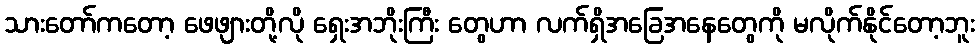
သားတော်ကတော့ ဖေဖျားတို့လို ရှေးအဘိုးကြီး တွေဟာ လက်ရှိအခြေအနေတွေကို မလိုက်နိုင်တော့ဘူး